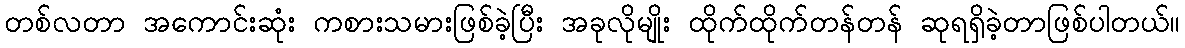
တစ်လတာ အကောင်းဆုံး ကစားသမားဖြစ်ခဲ့ပြီး အခုလိုမျိုး ထိုက်ထိုက်တန်တန် ဆုရရှိခဲ့တာဖြစ်ပါတယ်။